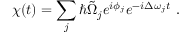
\chi ( t ) = \sum _ { j } \hbar \tilde { \Omega } _ { j } e ^ { i \phi _ { j } } e ^ { - i \Delta \omega _ { j } t } \ .